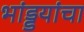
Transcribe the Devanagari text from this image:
भांड्डयांचा